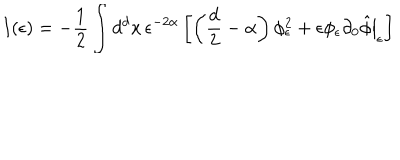
I ( \epsilon ) = - \frac 1 2 \int d ^ { d } x \, \epsilon ^ { - 2 \alpha } \left[ \left( \frac { d } 2 - \alpha \right) \phi _ { \epsilon } ^ { 2 } + \epsilon \phi _ { \epsilon } \left. \partial _ { 0 } \hat { \phi } \right| _ { \epsilon } \right]